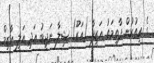
ގެ އިތުރުން ފާތިމަތު އަޒީފާ (އަޒޫ) ޝިލާ ނަޖީބު އަދި އަލީ އާޒިމް